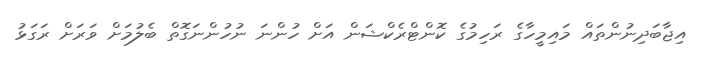
އިޖާބަދިނުންތައް މައިމީހާގެ ރަހިމުގެ ކޮންޓްރެކްޝަން އަށް ހުންނަ ނުހުންނަގޮތް ބެލުމަށް ވަރަށް ރަގަޅު